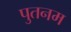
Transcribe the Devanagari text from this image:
पुतनम